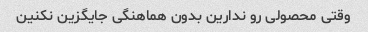
وقتی محصولی رو ندارین بدون هماهنگی جایگزین نکنین